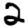
Digit: 2